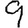
Digit: 9